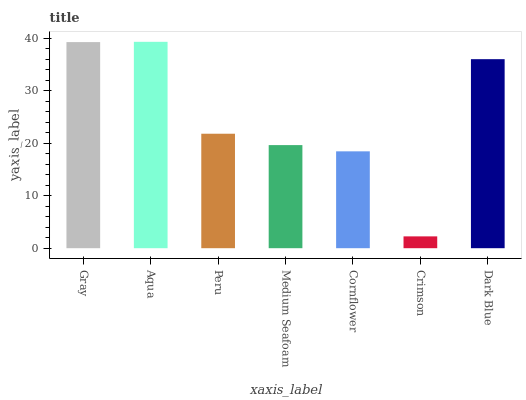
| xaxis_label | bars |
 | --- | --- |
 | Gray | 39.3 |
 | Aqua | 39.3 |
 | Peru | 21.8 |
 | Medium Seafoam | 19.6 |
 | Cornflower | 18.4 |
 | Crimson | 2.25 |
 | Dark Blue | 36 |